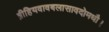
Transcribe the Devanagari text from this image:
ब्रीहियवावबलासावदोमधौ।